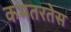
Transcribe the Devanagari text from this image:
कमतरतेस